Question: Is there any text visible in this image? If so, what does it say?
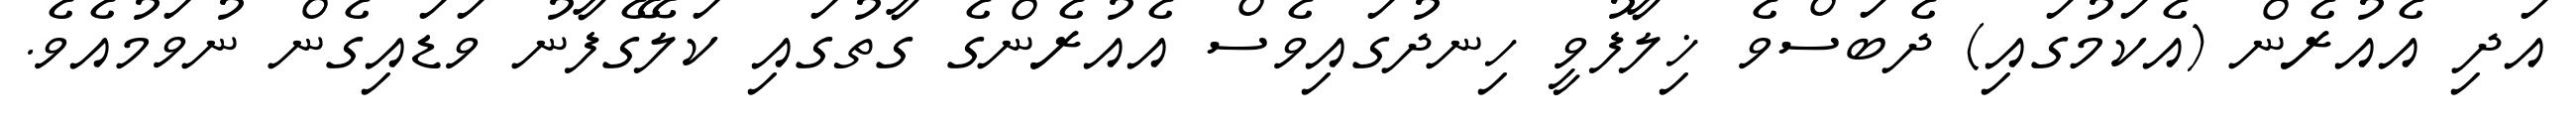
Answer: އަދި އެއުރެން (އެކަމުގައި) ދެބަސްވެ ޚިލާފުވީ ހިނދުގައިވެސް އެއުރެންގެ ގާތުގައި ކަލޭގެފާނު ވަޑައިގެން ނުވަމުއެވެ.